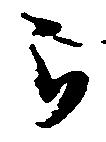
被